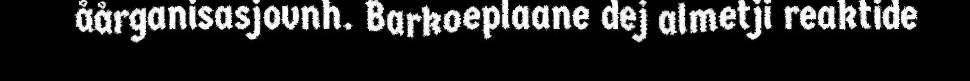
åårganisasjovnh. Barkoeplaane dej almetji reaktide